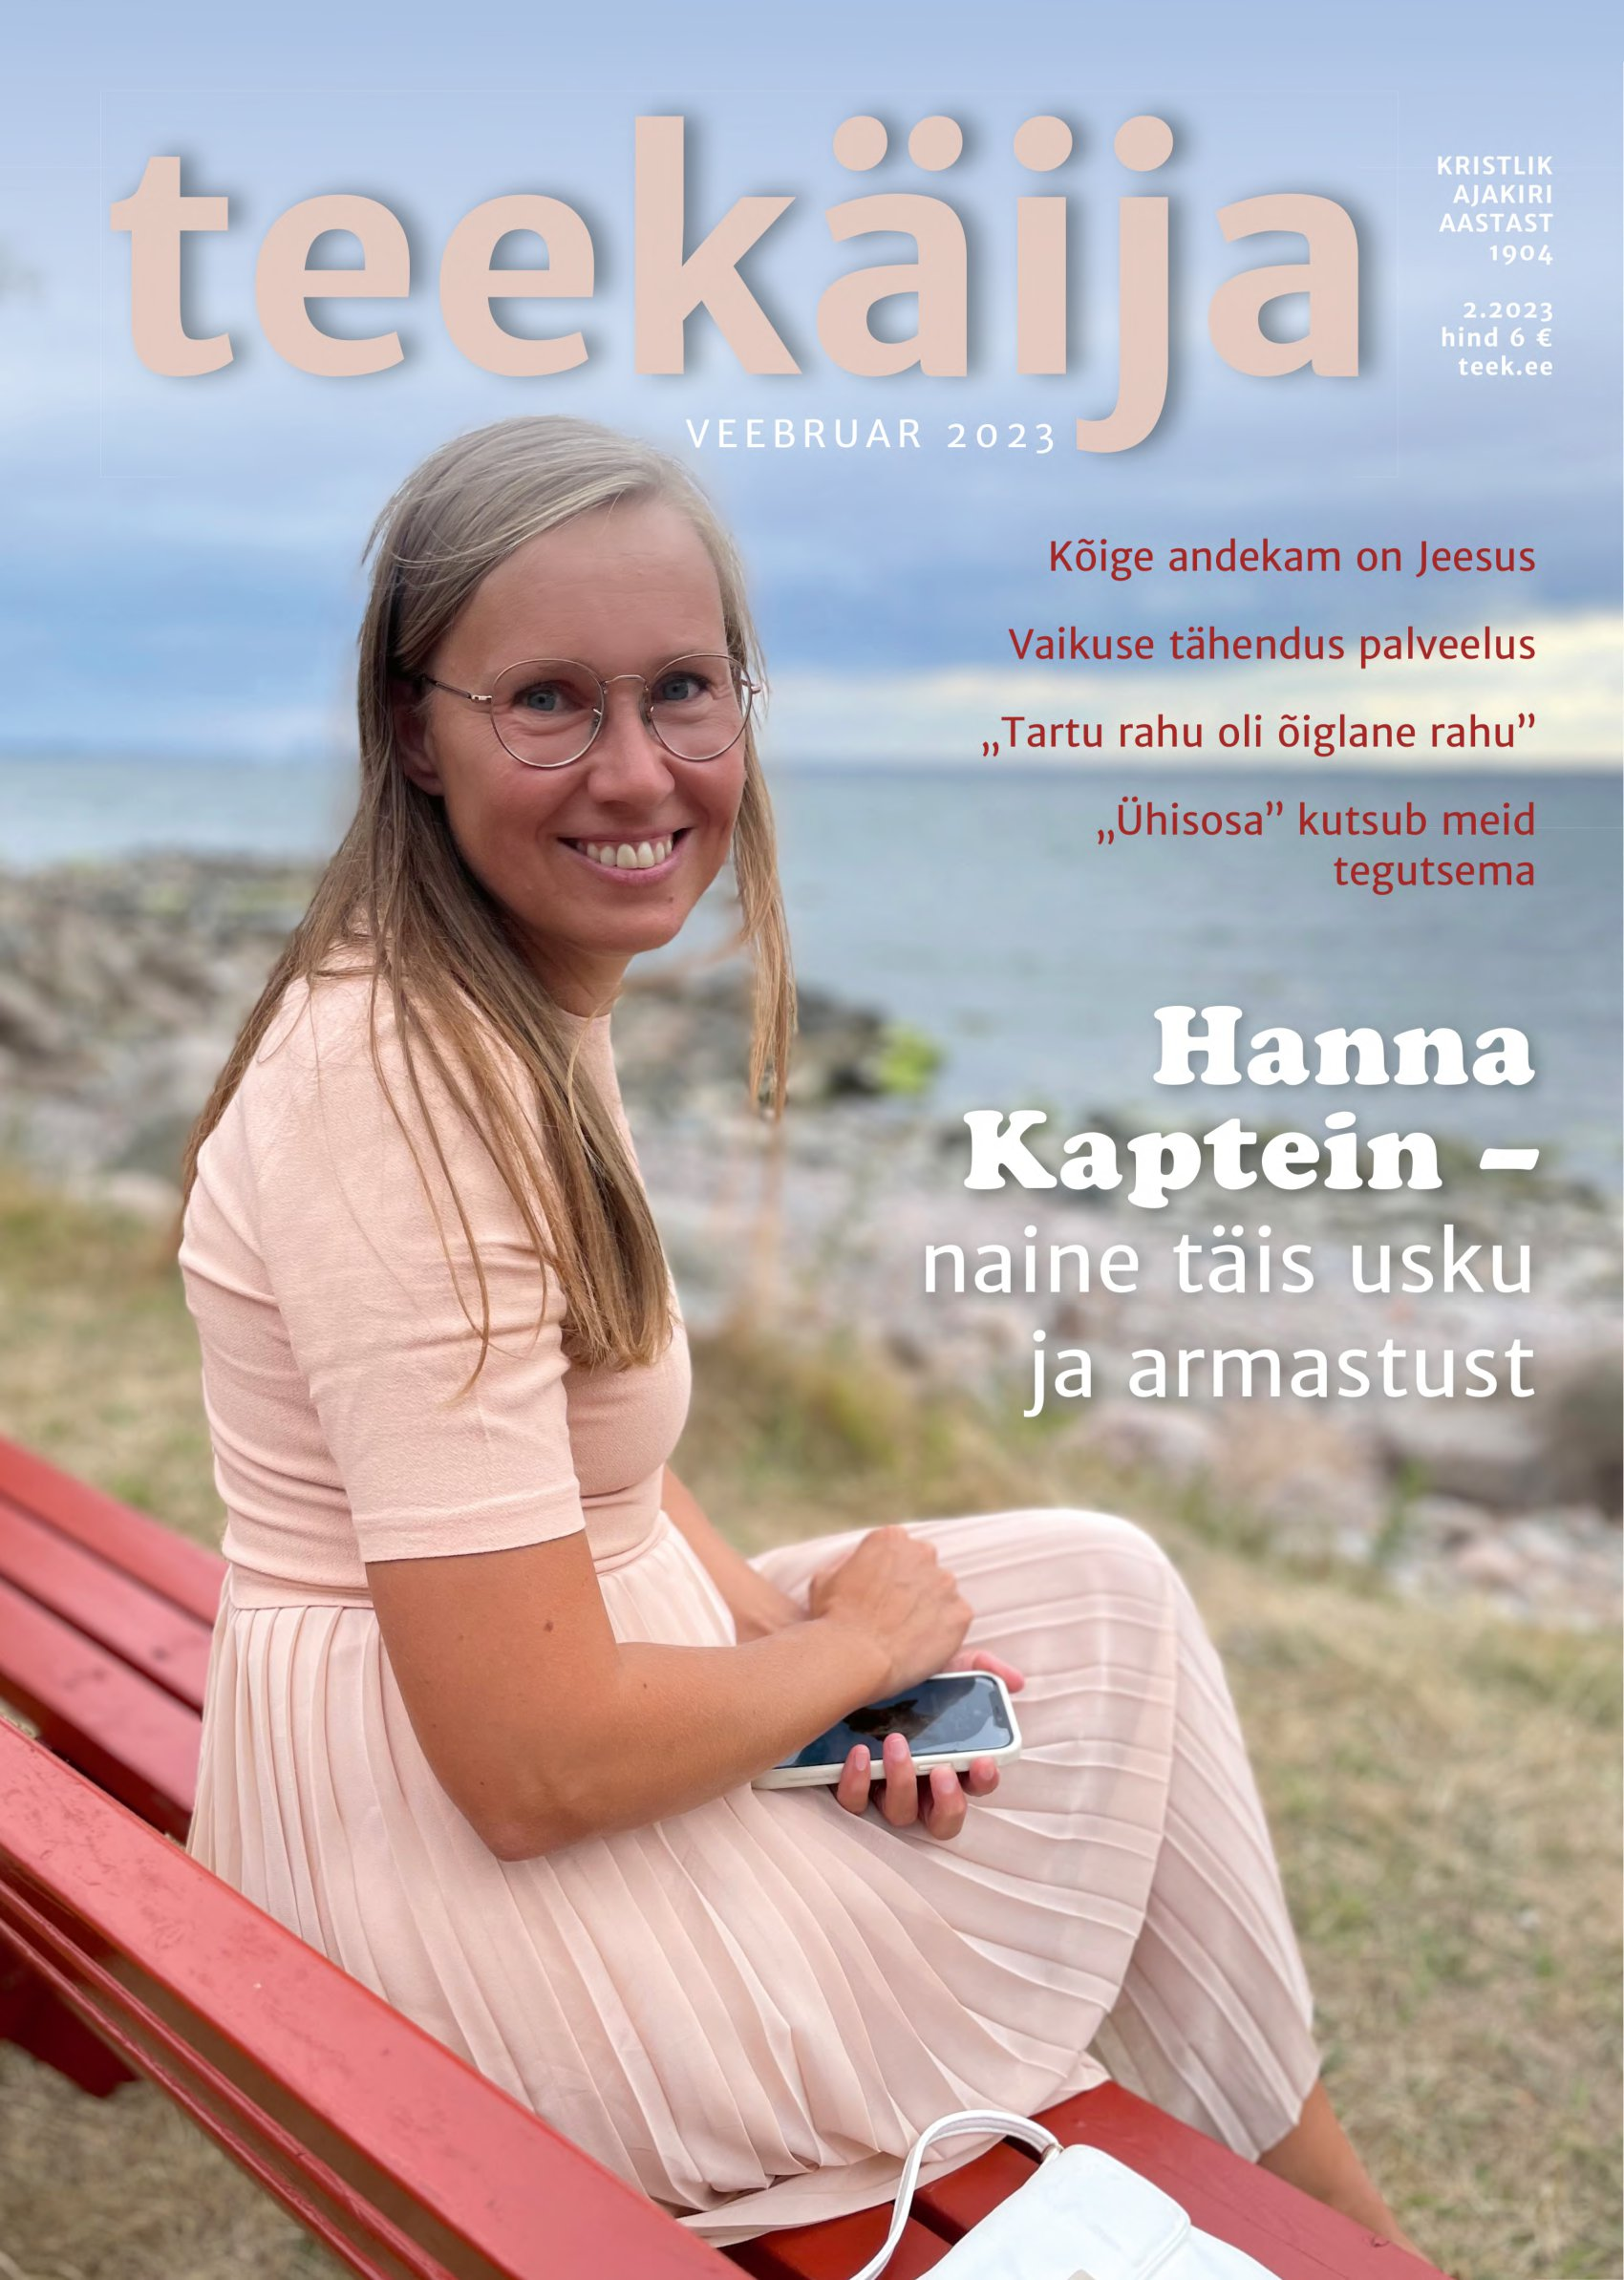
Language: et